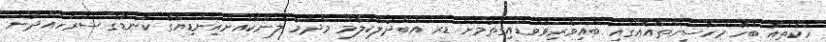
ހަކަތައާ ބެހޭ މަހާސިންތާއެއްގައި ބައިވެރިވެވަޑައިގަތުމަށް ޑރ އަބްދުލްކަލާމް މާދަމާ ލަންކާއަށްއިންޑިޔާގެ ކަނޑުގެ ސަރަހައްދުން